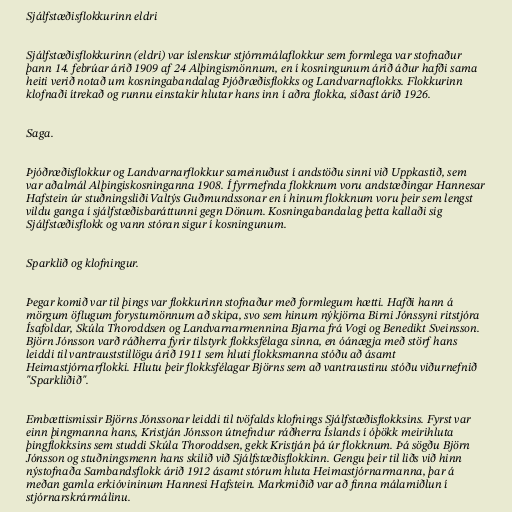
Sjálfstæðisflokkurinn eldri

Sjálfstæðisflokkurinn (eldri) var íslenskur stjórnmálaflokkur sem formlega var stofnaður
þann 14. febrúar árið 1909 af 24 Alþingismönnum, en í kosningunum árið áður hafði sama
heiti verið notað um kosningabandalag Þjóðræðisflokks og Landvarnaflokks. Flokkurinn
klofnaði ítrekað og runnu einstakir hlutar hans inn í aðra flokka, síðast árið 1926.

Saga.

Þjóðræðisflokkur og Landvarnarflokkur sameinuðust í andstöðu sinni við Uppkastið, sem
var aðalmál Alþingiskosninganna 1908. Í fyrrnefnda flokknum voru andstæðingar Hannesar
Hafstein úr stuðningsliði Valtýs Guðmundssonar en í hinum flokknum voru þeir sem lengst
vildu ganga í sjálfstæðisbaráttunni gegn Dönum. Kosningabandalag þetta kallaði sig
Sjálfstæðisflokk og vann stóran sigur í kosningunum.

Sparklið og klofningur.

Þegar komið var til þings var flokkurinn stofnaður með formlegum hætti. Hafði hann á
mörgum öflugum forystumönnum að skipa, svo sem hinum nýkjörna Birni Jónssyni ritstjóra
Ísafoldar, Skúla Thoroddsen og Landvarnarmennina Bjarna frá Vogi og Benedikt Sveinsson.
Björn Jónsson varð ráðherra fyrir tilstyrk flokksfélaga sinna, en óánægja með störf hans
leiddi til vantrauststillögu árið 1911 sem hluti flokksmanna stóðu að ásamt
Heimastjórnarflokki. Hlutu þeir flokksfélagar Björns sem að vantraustinu stóðu viðurnefnið
"Sparkliðið".

Embættismissir Björns Jónssonar leiddi til tvöfalds klofnings Sjálfstæðisflokksins. Fyrst var
einn þingmanna hans, Kristján Jónsson útnefndur ráðherra Íslands í óþökk meirihluta
þingflokksins sem studdi Skúla Thoroddsen, gekk Kristján þá úr flokknum. Þá sögðu Björn
Jónsson og stuðningsmenn hans skilið við Sjálfstæðisflokkinn. Gengu þeir til liðs við hinn
nýstofnaða Sambandsflokk árið 1912 ásamt stórum hluta Heimastjórnarmanna, þar á
meðan gamla erkióvininum Hannesi Hafstein. Markmiðið var að finna málamiðlun í
stjórnarskrármálinu.